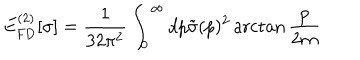
E _ { \mathrm { F D } } ^ { ( 2 ) } [ \sigma ] = \frac { 1 } { 3 2 \pi ^ { 2 } } \int _ { 0 } ^ { \infty } d p \tilde { \sigma } ( p ) ^ { 2 } \operatorname { a r c t a n } \frac { p } { 2 m }